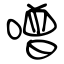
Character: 噌